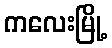
ကလေးမြို့